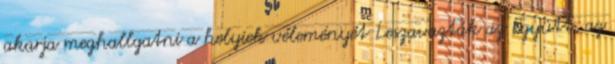
akarja meghallgatni a helyiek véleményét Leszavazták az Együtt, az